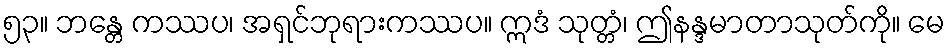
၅၃။ ဘန္တေ ကဿပ၊ အရှင်ဘုရားကဿပ။ ဣဒံ သုတ္တံ၊ ဤနန္ဒမာတာသုတ်ကို။ မေ